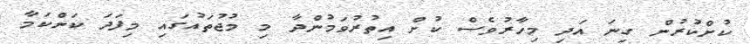
ކުށްކުރުން ގިނަ އަދި މިހާރުވެސް ކުށް އިތުރުވަމުންދާ މި މުޖުތައުގައި މިފަދަ ކަންކަމާ